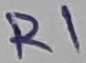
Text: R1